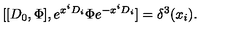
[ [ D _ { 0 } , \Phi ] , e ^ { x ^ { i } D _ { i } } \Phi e ^ { - x ^ { i } D _ { i } } ] = \delta ^ { 3 } ( x _ { i } ) .